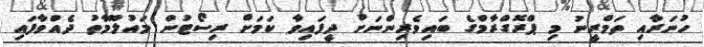
ހުނަރާއި ތަމްރީނު މި ޕްރޮގްރާމްގެ ބައިވެރިންނަށް ދީފައިވާ ކަމަށް ރިސޯޓުން މައުލޫމާތު ދެއްވާފައި